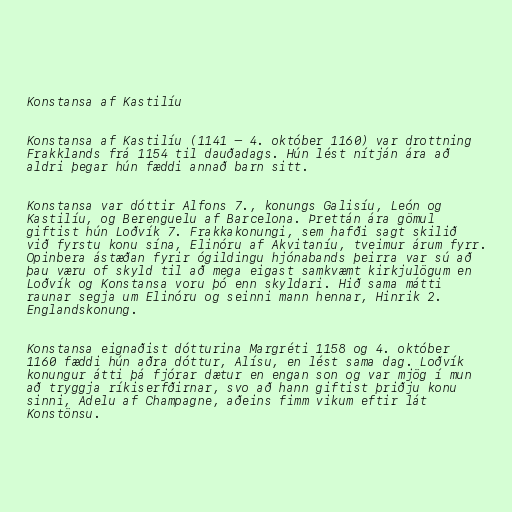
Konstansa af Kastilíu

Konstansa af Kastilíu (1141 – 4. október 1160) var drottning
Frakklands frá 1154 til dauðadags. Hún lést nítján ára að
aldri þegar hún fæddi annað barn sitt.

Konstansa var dóttir Alfons 7., konungs Galisíu, León og
Kastilíu, og Berenguelu af Barcelona. Þrettán ára gömul
giftist hún Loðvík 7. Frakkakonungi, sem hafði sagt skilið
við fyrstu konu sína, Elinóru af Akvitaníu, tveimur árum fyrr.
Opinbera ástæðan fyrir ógildingu hjónabands þeirra var sú að
þau væru of skyld til að mega eigast samkvæmt kirkjulögum en
Loðvík og Konstansa voru þó enn skyldari. Hið sama mátti
raunar segja um Elinóru og seinni mann hennar, Hinrik 2.
Englandskonung.

Konstansa eignaðist dótturina Margréti 1158 og 4. október
1160 fæddi hún aðra dóttur, Alísu, en lést sama dag. Loðvík
konungur átti þá fjórar dætur en engan son og var mjög í mun
að tryggja ríkiserfðirnar, svo að hann giftist þriðju konu
sinni, Adelu af Champagne, aðeins fimm vikum eftir lát
Konstönsu.